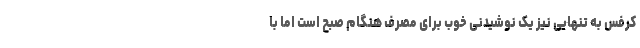
کرفس به تنهایی نیز یک نوشیدنی خوب برای مصرف هنگام صبح است اما با